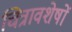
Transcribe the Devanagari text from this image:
चित्रावशेषों